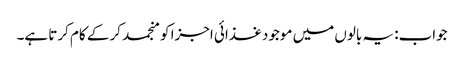
جواب: یہ بالوں میں موجود غذائی اجزا کو منجمد کر کے کام کرتا ہے۔